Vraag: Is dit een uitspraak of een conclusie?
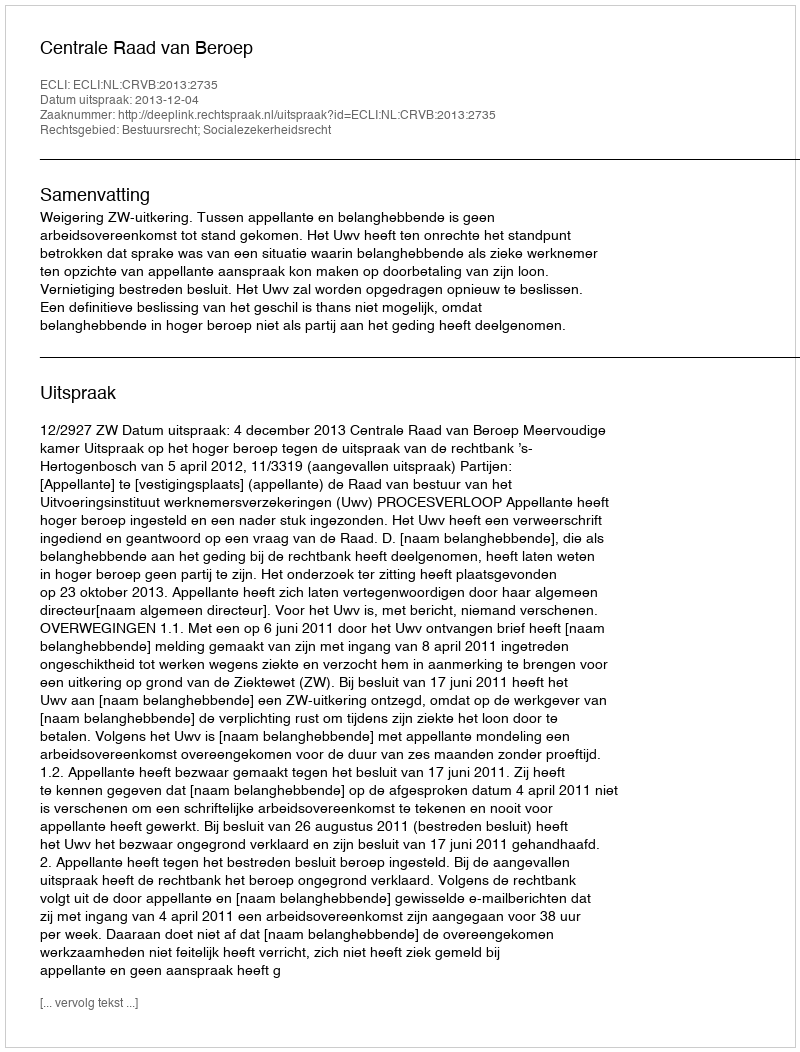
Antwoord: Uitspraak